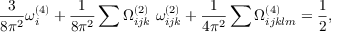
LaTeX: \frac { 3 } { 8 \pi ^ { 2 } } \omega _ { i } ^ { ( 4 ) } + \frac { 1 } { 8 \pi ^ { 2 } } \sum \Omega _ { i j k } ^ { ( 2 ) } ~ \omega _ { i j k } ^ { ( 2 ) } + \frac { 1 } { 4 \pi ^ { 2 } } \sum \Omega _ { i j k l m } ^ { ( 4 ) } = \frac { 1 } { 2 } ,